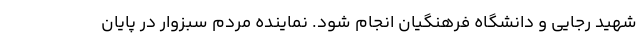
شهید رجایی و دانشگاه فرهنگیان انجام شود. نماینده مردم سبزوار در پایان